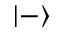
| - \rangle